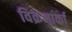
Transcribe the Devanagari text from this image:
विक्रमार्का